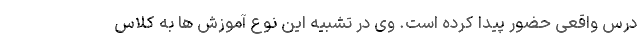
درس واقعی حضور پیدا کرده است. وی در تشبیه این نوع آموزش ها به کلاس